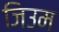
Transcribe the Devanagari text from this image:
जिउम